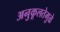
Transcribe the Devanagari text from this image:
अनुकूलतेमुळे